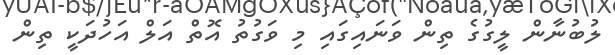
ލުބުނާން ލީގުގެ ތިން ވަނައިގައި މި ވަގުތު އޮތް އަލް އަހުދަކީ ތިން